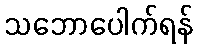
သဘောပေါက်ရန်